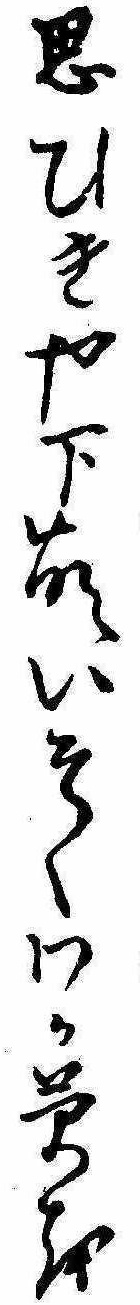
思ひきや下萌いそくわか草を